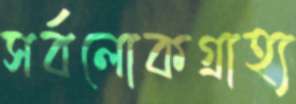
সর্বলোকগ্রাহ্য